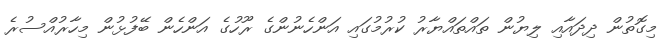
މިގޮތުން ދިދައާއި ލިޔުން ތައްތައްޔާރު ކުރުމުގައި އަންހެނުންގެ ރޫހުގެ އަންހެން ބޭފުޅުން މިހާރުއްސުރެ